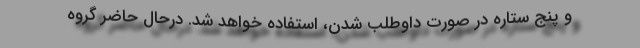
و پنج ستاره در صورت داوطلب شدن، استفاده خواهد شد. درحال حاضر گروه